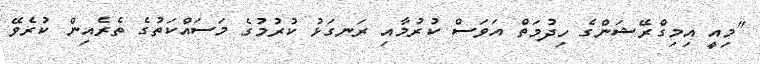
"މިއީ އިމިގްރޭޝަންގެ ހިދުމަތް އަވަސް ކުރުމާއި ރަނގަޅު ކުރުމުގެ މަސައްކަތުގެ ތެރެއިން ކުރެވޭ